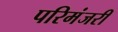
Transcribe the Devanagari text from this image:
परिमंजरी